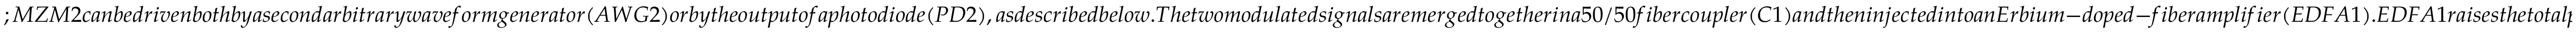
; M Z M 2 c a n b e d r i v e n b o t h b y a s e c o n d a r b i t r a r y w a v e f o r m g e n e r a t o r ( A W G 2 ) o r b y t h e o u t p u t o f a p h o t o d i o d e ( P D 2 ) , a s d e s c r i b e d b e l o w . T h e t w o m o d u l a t e d s i g n a l s a r e m e r g e d t o g e t h e r i n a 5 0 / 5 0 f i b e r c o u p l e r ( C 1 ) a n d t h e n i n j e c t e d i n t o a n E r b i u m - d o p e d - f i b e r a m p l i f i e r ( E D F A 1 ) . E D F A 1 r a i s e s t h e t o t a l p o w e r t o